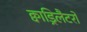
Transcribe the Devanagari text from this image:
क्वाड्रिलैटरो